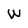
Character: W